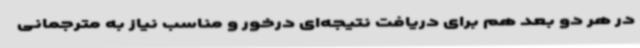
در هر دو بعد هم برای دریافت نتیجه‌ای درخور و مناسب نیاز به مترجمانی